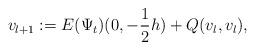
LaTeX: \begin{align*} v_{l+1}:= E(\Psi_t)(0,-\frac{1}{2}h)+Q(v_l,v_l), \end{align*}